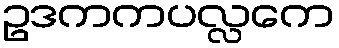
ဥဒကကပလ္လကေ